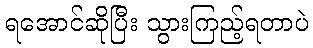
ရအောင်ဆိုပြီး သွားကြည့်ရတာပဲ